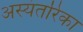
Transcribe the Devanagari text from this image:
अस्यंतरिका